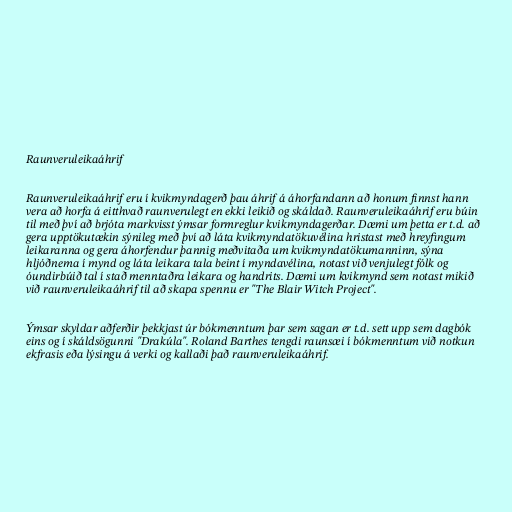
Raunveruleikaáhrif

Raunveruleikaáhrif eru í kvikmyndagerð þau áhrif á áhorfandann að honum finnst hann
vera að horfa á eitthvað raunverulegt en ekki leikið og skáldað. Raunveruleikaáhrif eru búin
til með því að brjóta markvisst ýmsar formreglur kvikmyndagerðar. Dæmi um þetta er t.d. að
gera upptökutækin sýnileg með því að láta kvikmyndatökuvélina hristast með hreyfingum
leikaranna og gera áhorfendur þannig meðvitaða um kvikmyndatökumanninn, sýna
hljóðnema í mynd og láta leikara tala beint í myndavélina, notast við venjulegt fólk og
óundirbúið tal í stað menntaðra leikara og handrits. Dæmi um kvikmynd sem notast mikið
við raunveruleikaáhrif til að skapa spennu er "The Blair Witch Project".

Ýmsar skyldar aðferðir þekkjast úr bókmenntum þar sem sagan er t.d. sett upp sem dagbók
eins og í skáldsögunni "Drakúla". Roland Barthes tengdi raunsæi í bókmenntum við notkun
ekfrasis eða lýsingu á verki og kallaði það raunveruleikaáhrif.